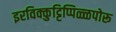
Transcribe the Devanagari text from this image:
इरविक्कुट्टिप्पिळ्ळपोरू